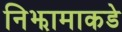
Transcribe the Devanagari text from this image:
निझामाकडे